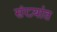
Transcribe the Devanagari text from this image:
संख्यांत